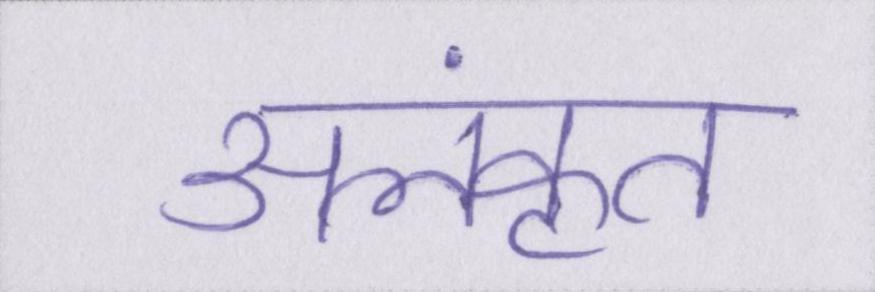
अलंकृत